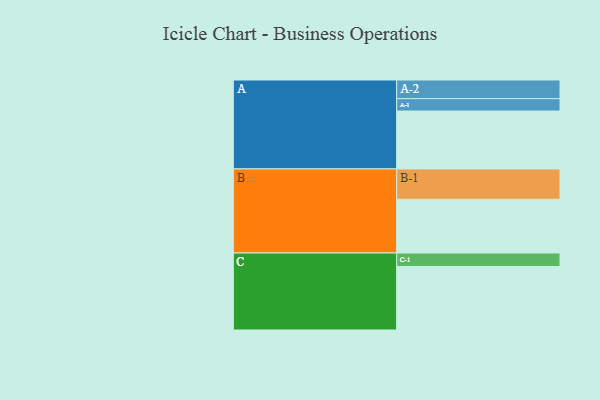
{"axis": {"x": "Segment", "y": "Value"}, "legend": ["", "A", "B", "C"], "data": [{"x": "A", "y": 490, "type": ""}, {"x": "B", "y": 455, "type": ""}, {"x": "C", "y": 538, "type": ""}, {"x": "A-1", "y": 105, "type": "A"}, {"x": "A-2", "y": 158, "type": "A"}, {"x": "B-1", "y": 257, "type": "B"}, {"x": "C-1", "y": 114, "type": "C"}]}